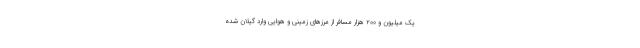
یک میلیون و ۲۰۰ هزار مسافر از مرزهای زمینی و هوایی وارد گیلان شده